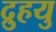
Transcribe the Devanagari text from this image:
द्रुुहयु